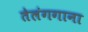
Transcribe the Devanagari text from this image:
तेलंगगाना